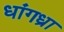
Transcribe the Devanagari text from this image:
धांगध्रा